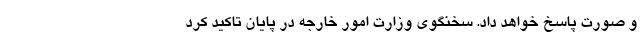
و صورت پاسخ خواهد داد. سخنگوی وزارت امور خارجه در پایان تاکید کرد